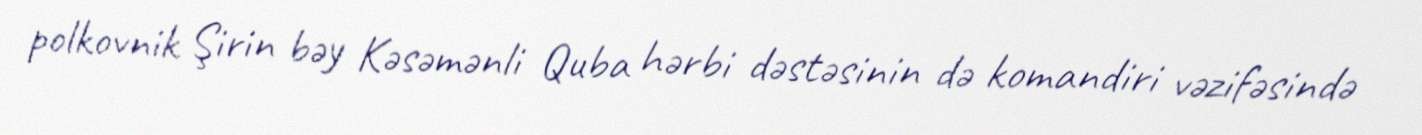
polkovnik Şirin bəy Kəsəmənli Quba hərbi dəstəsinin də komandiri vəzifəsində